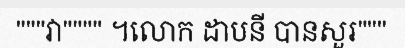
"""វា"""" ។លោក ដាបនី បានសួរ"""